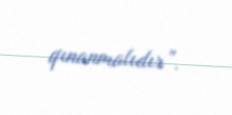
qınanmalıdır”.